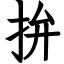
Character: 拚